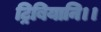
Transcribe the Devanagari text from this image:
ट्रिबियानि।।